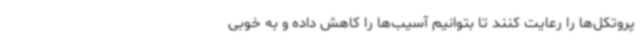
پروتکل‌ها را رعایت کنند تا بتوانیم آسیب‌ها را کاهش داده و به خوبی